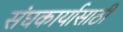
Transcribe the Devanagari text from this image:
संघकार्यासाठी